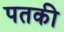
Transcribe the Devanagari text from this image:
पतकी